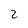
Character: 2